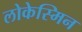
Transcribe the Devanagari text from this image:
लोकेस्मिन